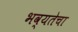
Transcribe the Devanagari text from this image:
भव्यतेचा